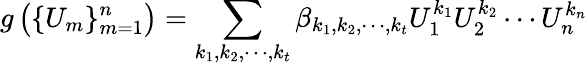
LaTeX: g\left(\{ U_{m}\} _{m=1}^{n}\right)=\sum_{k_{1},k_{2},\cdots,k_{t}}\beta_{k_{1},k_{2},\cdots,k_{t}}U_{1}^{k_{1}}U_{2}^{k_{2}}\cdots U_{n}^{k_{n}}